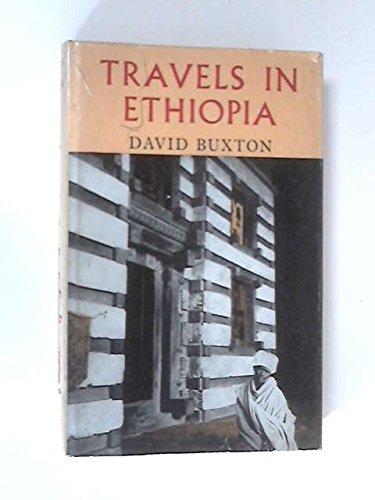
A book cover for Travels in Ethiopia; David Roden Buxton; Travel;